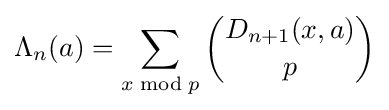
\Lambda _{n}(a)=\sum _{x{\bmod {p}}}{\binom {D_{n+1}(x,a)}{p}}